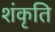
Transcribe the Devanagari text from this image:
शंकृति